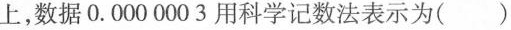
上，数据0.0000003用科学记数法表示为()